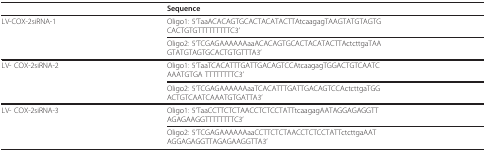
<table><thead><tr><td></td><td><b>Sequence</b></td></tr></thead><tbody><tr><td>LV-COX-2siRNA-1</td><td>Oligo1: 5&#x27;TaaACACAGTGCACTACATACTTAtcaagagTAAGTATGTAGTGCACTGTGTTTTTTTTTC3&#x27;</td></tr><tr><td></td><td>Oligo2: 5&#x27;TCGAGAAAAAAaaACACAGTGCACTACATACTTActcttgaTAAGTATGTAGTGCACTGTGTTTA3&#x27;</td></tr><tr><td>LV- COX-2siRNA-2</td><td>Oligo1: 5&#x27;TaaTCACATTTGATTGACAGTCCAtcaagagTGGACTGTCAATCAAATGTGA TTTTTTTTC3&#x27;</td></tr><tr><td></td><td>Oligo2: 5&#x27;TCGAGAAAAAAaaTCACATTTGATTGACAGTCCActcttgaTGGACTGTCAATCAAATGTGATTA3&#x27;</td></tr><tr><td>LV- COX-2siRNA-3</td><td>Oligo1: 5&#x27;TaaCCTTCTCTAACCTCTCCTATTtcaagagAATAGGAGAGGTTAGAGAAGGTTTTTTTTC3&#x27;</td></tr><tr><td></td><td>Oligo2: 5&#x27;TCGAGAAAAAAaaCCTTCTCTAACCTCTCCTATTctcttgaAATAGGAGAGGTTAGAGAAGGTTA3&#x27;</td></tr></tbody></table>